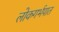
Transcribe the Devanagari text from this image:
लोकगर्भपात